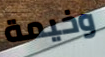
وخيمة